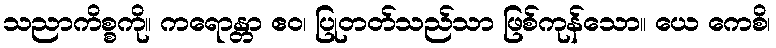
သညာကိစ္စကို။ ကရောန္တာ ဧဝ၊ ပြုတတ်သည်သာ ဖြစ်ကုန်သော။ ယေ ကေစိ၊